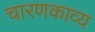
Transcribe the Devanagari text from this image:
चारणकाव्य